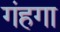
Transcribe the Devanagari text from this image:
गंहगा